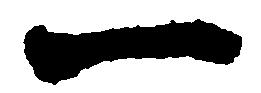
一